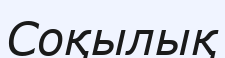
Соқылық